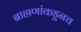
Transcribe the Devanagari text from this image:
ब्राह्मणांकडूनच